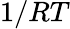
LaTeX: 1/RT